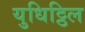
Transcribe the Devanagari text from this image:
युधिट्ठिल